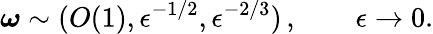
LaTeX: \boldsymbol{\omega}\sim(O(1),\epsilon^{-1/2},\epsilon^{-2/3})\, ,\qquad\epsilon\to 0.